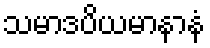
သမာဒပိယမာနာနံ